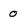
Character: 0